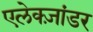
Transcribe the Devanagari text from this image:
एलेक्ज़ांडर